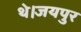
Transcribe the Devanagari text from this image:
थे।जयपुर